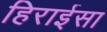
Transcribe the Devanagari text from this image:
हिराईसा